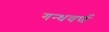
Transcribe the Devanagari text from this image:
गन्धवर्ण